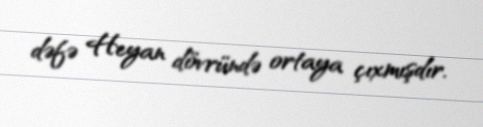
dəfə Heyan dövründə ortaya çıxmışdır.